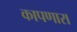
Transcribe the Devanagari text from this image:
कापणारा